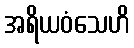
အရိယဝံသေဟိ